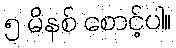
၅ မိနစ် စောင့်ပါ။